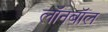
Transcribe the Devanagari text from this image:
लॉनबॉल